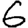
Digit: 6